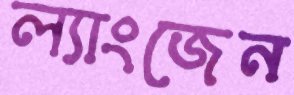
ল্যাংজেন